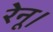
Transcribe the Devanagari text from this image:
रेनू।